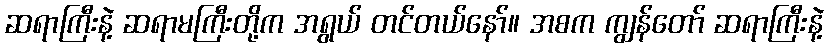
ဆရာကြီးနဲ့ ဆရာမကြီးတို့က အရွယ် တင်တယ်နော်။ အစက ကျွန်တော် ဆရာကြီးနဲ့